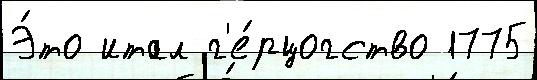
Э́то итал г'е́рцогство 1775